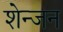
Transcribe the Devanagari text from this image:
शेन्जन